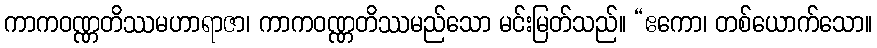
ကာကဝဏ္ဏတိဿမဟာရာဇာ၊ ကာကဝဏ္ဏတိဿမည်သော မင်းမြတ်သည်။ “ဧကော၊ တစ်ယောက်သော။